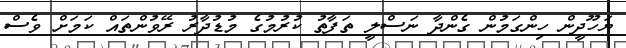
ޔަހޫދީން ހިންގަމުން ގެންދާ ނަސްލީ ތަފާތު ކުރުމުގެ މުޑުދާރު ރޭވުންތައް ކަމަށް ވެސް